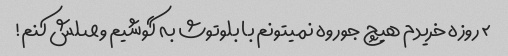
۲ روزه خریدم هیچ جوروه نمیتونم با بلوتوث به گوشیم وصلش کنم!